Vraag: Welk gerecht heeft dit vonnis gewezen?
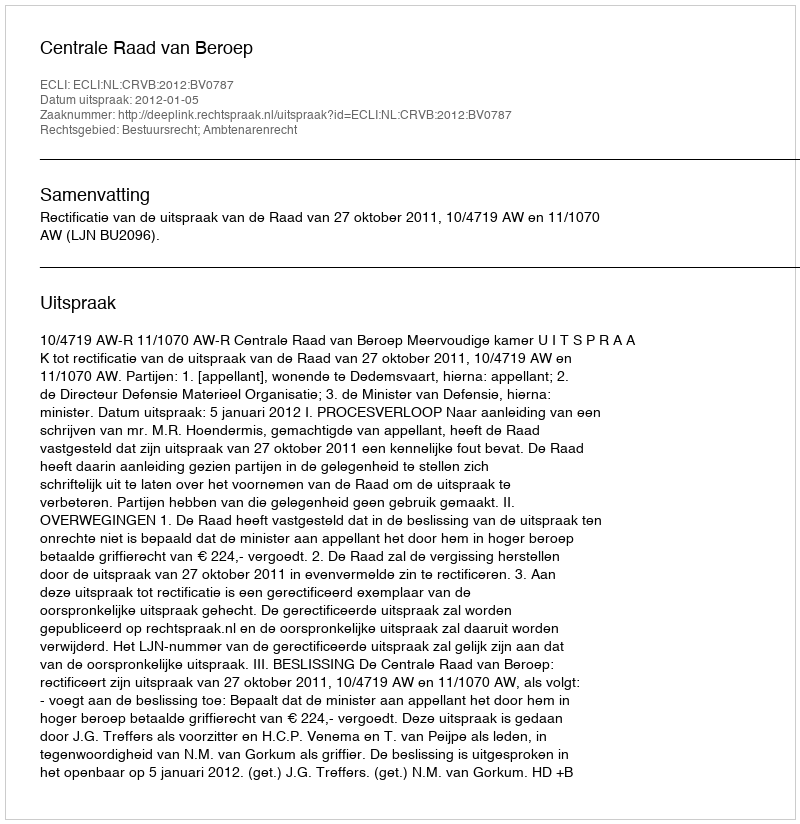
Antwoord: Centrale Raad van Beroep